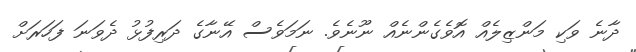
ދާނެ ވަކި މަންޒިލެއް އޮވެގެންނެއް ނޫނެވެ. ނަމަވެސް އޭނާގެ ދަރިފުޅު ދެވަނަ ފަހަރަށް